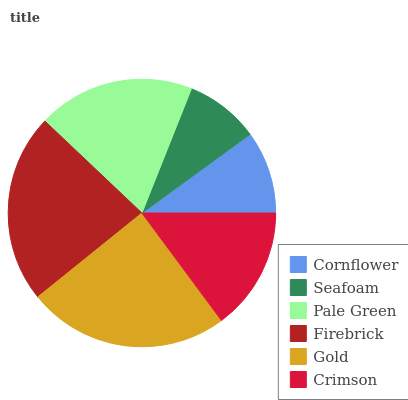
| Cornflower | Seafoam | Pale Green | Firebrick | Gold | Crimson |
 | --- | --- | --- | --- | --- | --- |
 | 10% | 8.94% | 18.9% | 22.9% | 24.3% | 14.8% |